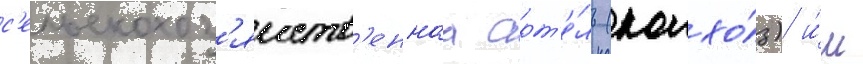
с'ельскохоз'яиств'еннаа арт'е́ль (колхо́з) и́м